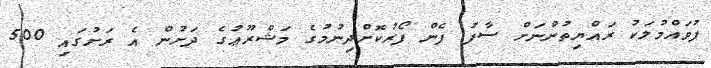
ފުވައްމުލަކު ރައްޔިތުންނަށް ސާފު ފެން ފޯރުކޮށްދިނުމުގެ މަޝްރޫޢުގެ ދަށުން އެ ރަށުގައި 500